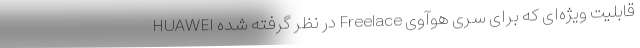
قابلیت ویژه‌ای که برای سری هوآوی Freelace در نظر گرفته شده HUAWEI